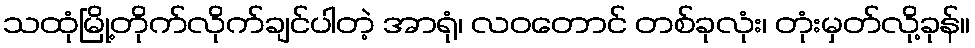
သထုံမြို့တိုက်လိုက်ချင်ပါတဲ့ အာရုံ၊ လဝတောင် တစ်ခုလုံး၊ တုံးမှတ်လို့ခုန်။